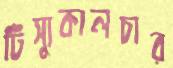
টিস্যুকালচার